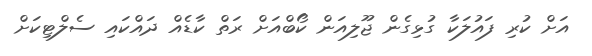
އަށް ކުރި ފައުލަކާ ގުޅިގެން ޖޫލިއަން ކޯބްއަށް ރަތް ކާޑެއް ދައްކައި ސެލްޓިކަށް